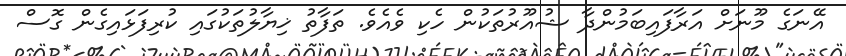
އޭނަގެ މޫނަށް އަރާފައިބަމުންދާ ޝުއޫރުތަކުން ހެކި ވެއެވެ. ތަފާތު ޚިޔާލުތަކުގައި ކުރިފަޅައިގެން ގޮސް